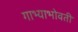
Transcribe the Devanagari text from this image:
गाभ्याभोवती